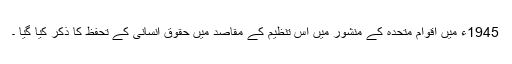
1945ء میں اقوامِ متحدہ کے منشور میں اس تنظیم کے مقاصد میں حقوقِ انسانی کے تحفظ کا ذکر کیا گیا ۔